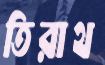
তিরাথ